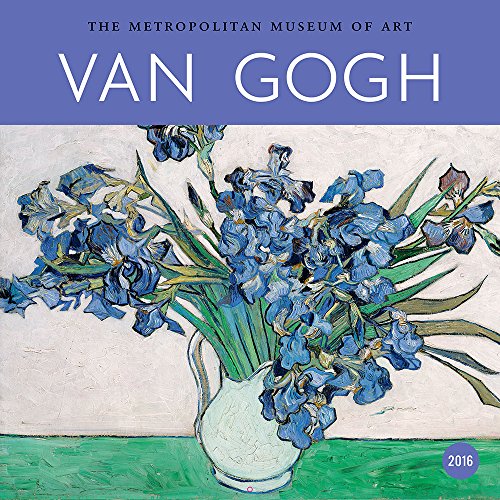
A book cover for Van Gogh 2016 Wall Calendar; Metropolitan Museum Of Art; Calendars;